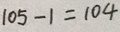
1 0 5 - 1 = 1 0 4